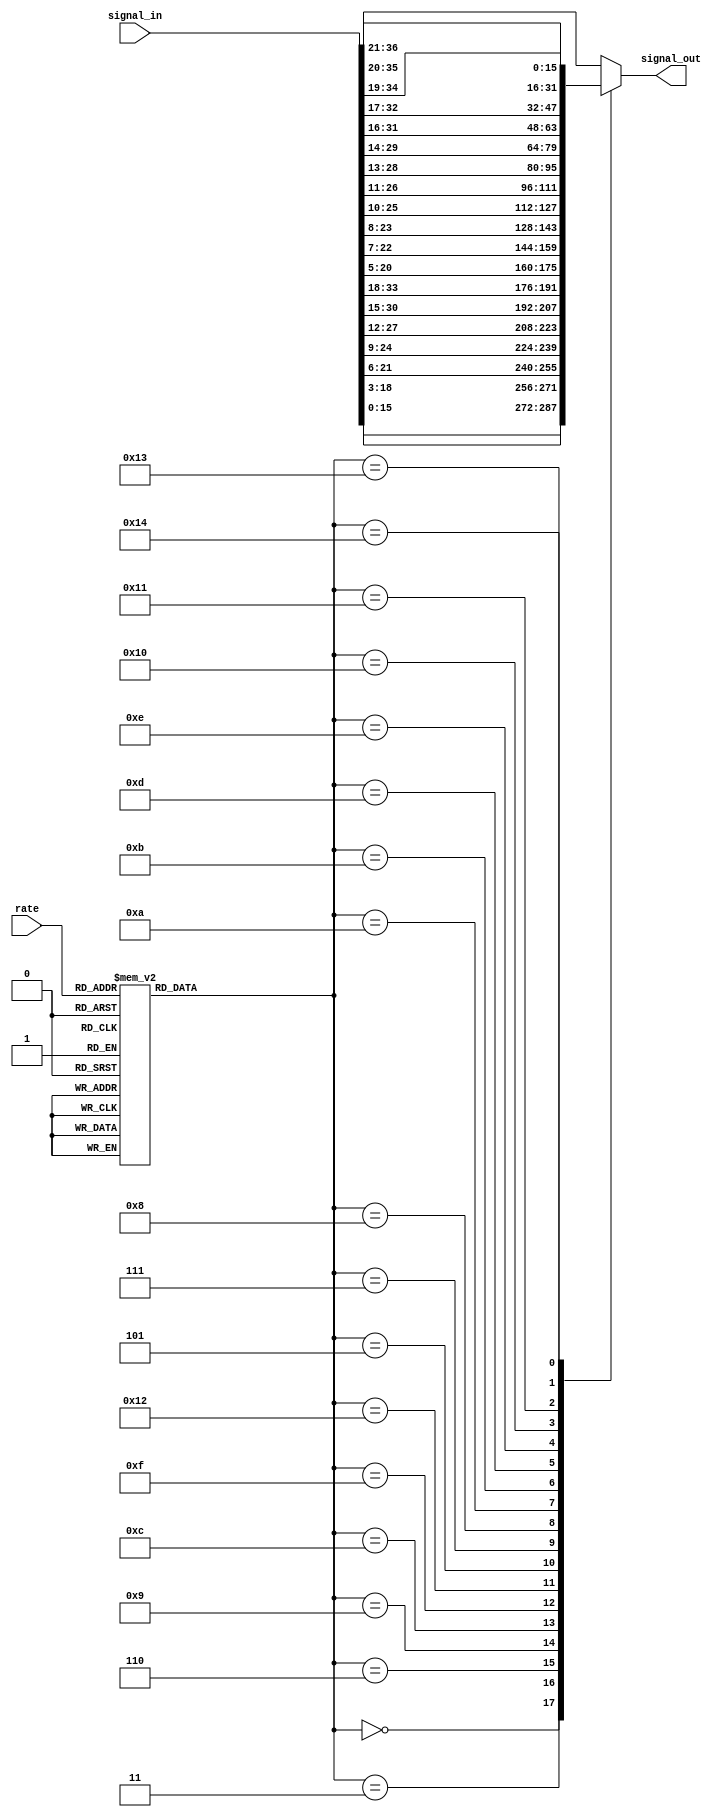
module cic_int_shifter(rate,signal_in,signal_out);
   parameter bw = 16;
   parameter maxbitgain = 21;
   
   input [7:0] rate;
   input       wire [bw+maxbitgain-1:0] signal_in;
   output      reg [bw-1:0] signal_out;

   function [4:0] bitgain;
      input [7:0] rate;
      case(rate)
	// Exact Cases
	8'd1 : bitgain = 0;
	8'd2 : bitgain = 3;
	8'd4 : bitgain = 6;
	8'd8 : bitgain = 9;
	8'd16 : bitgain = 12;
	8'd32 : bitgain = 15;
	8'd64 : bitgain = 18;
	8'd128 : bitgain = 21;
	
	// Nearest without overflow	
	8'd3 : bitgain = 5;
	8'd5 : bitgain = 7;
	8'd6 : bitgain = 8;
	8'd7 : bitgain = 9;
	8'd9,8'd10 : bitgain = 10;
	8'd11,8'd12 : bitgain = 11;
	8'd13,8'd14,8'd15 : bitgain = 12;
	8'd17,8'd18,8'd19,8'd20 : bitgain = 13;
	8'd21,8'd22,8'd23,8'd24,8'd25 : bitgain = 14;
	8'd26,8'd27,8'd28,8'd29,8'd30,8'd31 : bitgain = 15;
	8'd33,8'd34,8'd35,8'd36,8'd37,8'd38,8'd39,8'd40 : bitgain = 16;
	8'd41,8'd42,8'd43,8'd44,8'd45,8'd46,8'd47,8'd48,8'd49,8'd50 : bitgain = 17;
	8'd51,8'd52,8'd53,8'd54,8'd55,8'd56,8'd57,8'd58,8'd59,8'd60,8'd61,8'd62,8'd63 : bitgain = 18;
	8'd65,8'd66,8'd67,8'd68,8'd69,8'd70,8'd71,8'd72,8'd73,8'd74,8'd75,8'd76,8'd77,8'd78,8'd79,8'd80 : bitgain = 19;
	8'd81,8'd82,8'd83,8'd84,8'd85,8'd86,8'd87,8'd88,8'd89,8'd90,8'd91,8'd92,8'd93,8'd94,8'd95,8'd96,8'd97,8'd98,8'd99,8'd100,8'd101 : bitgain = 20;
	
	default : bitgain = 21;
      endcase // case(rate)
   endfunction // bitgain
   
   wire [4:0] 	  shift = bitgain(rate);
   
   // We should be able to do this, but can't ....
   // assign 	  signal_out = signal_in[shift+bw-1:shift];
   
   always @*
     case(shift)
       5'd0  : signal_out = signal_in[0+bw-1:0];
       5'd3  : signal_out = signal_in[3+bw-1:3];
       5'd6  : signal_out = signal_in[6+bw-1:6];
       5'd9  : signal_out = signal_in[9+bw-1:9];
       5'd12 : signal_out = signal_in[12+bw-1:12];
       5'd15 : signal_out = signal_in[15+bw-1:15];
       5'd18 : signal_out = signal_in[18+bw-1:18];
       5'd21 : signal_out = signal_in[21+bw-1:21];
       
       5'd5  : signal_out = signal_in[5+bw-1:5];
       5'd7  : signal_out = signal_in[7+bw-1:7];
       5'd8  : signal_out = signal_in[8+bw-1:8];
       5'd10 : signal_out = signal_in[10+bw-1:10];
       5'd11 : signal_out = signal_in[11+bw-1:11];
       5'd13 : signal_out = signal_in[13+bw-1:13];
       5'd14 : signal_out = signal_in[14+bw-1:14];
       5'd16 : signal_out = signal_in[16+bw-1:16];
       5'd17 : signal_out = signal_in[17+bw-1:17];
       5'd19 : signal_out = signal_in[19+bw-1:19];
       5'd20 : signal_out = signal_in[20+bw-1:20];
       
       default : signal_out = signal_in[21+bw-1:21];
     endcase // case(shift)

endmodule